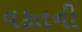
વકતની